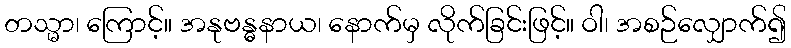
တသ္မာ၊ ကြောင့်။ အနုဗန္ဓနာယ၊ နောက်မှ လိုက်ခြင်းဖြင့်။ ဝါ၊ အစဉ်လျှောက်၍